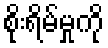
စိုးရိမ်မှုကို